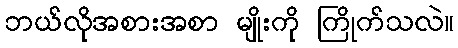
ဘယ်လိုအစားအစာ မျိုးကို ကြိုက်သလဲ။